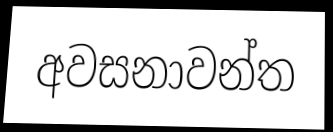
අවසනාවන්ත